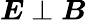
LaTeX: \boldsymbol{E}\perp\boldsymbol{B}